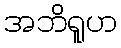
အဘိရူဟ